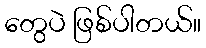
တွေပဲ ဖြစ်ပါတယ်။